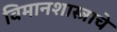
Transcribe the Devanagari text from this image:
विमानशास्त्राचे